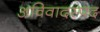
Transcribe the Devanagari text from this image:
अविवादस्पद